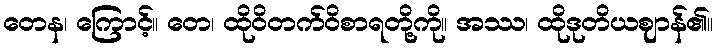
တေန၊ ကြောင့်။ တေ၊ ထိုဝိတက်ဝိစာရတို့ကို။ အဿ၊ ထိုဒုတိယဈာန်၏။